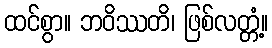
ထင်စွာ။ ဘဝိဿတိ၊ ဖြစ်လတ္တံ့။